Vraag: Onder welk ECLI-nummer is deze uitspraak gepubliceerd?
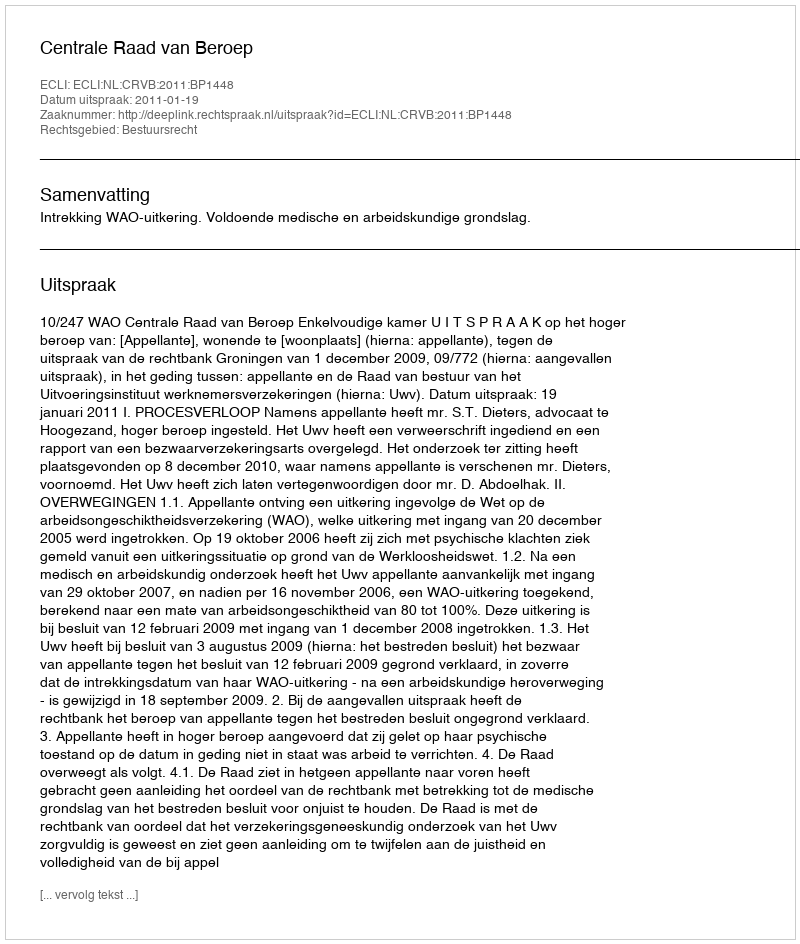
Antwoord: ECLI:NL:CRVB:2011:BP1448